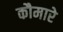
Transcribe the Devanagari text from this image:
कौमारे